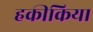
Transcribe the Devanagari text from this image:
हकीकिया